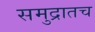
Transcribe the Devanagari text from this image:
समुद्रातच